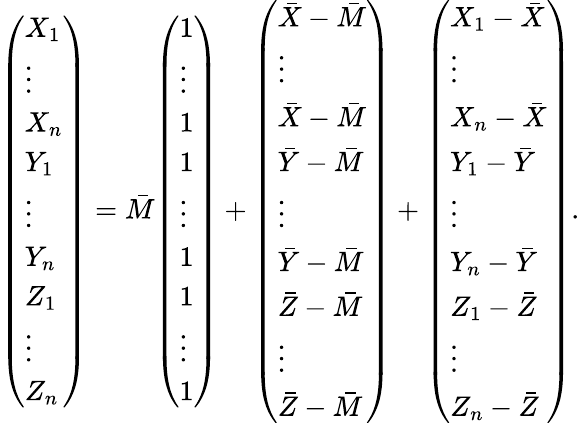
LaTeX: {\left(\begin{array}{l}{X_{1}}\\ {\vdots}\\ {X_{n}}\\ {Y_{1}}\\ {\vdots}\\ {Y_{n}}\\ {Z_{1}}\\ {\vdots}\\ {Z_{n}}\end{array}\right)}={\bar{M}}{\left(\begin{array}{l}{1}\\ {\vdots}\\ {1}\\ {1}\\ {\vdots}\\ {1}\\ {1}\\ {\vdots}\\ {1}\end{array}\right)}+{\left(\begin{array}{l}{{\bar{X}}-{\bar{M}}}\\ {\vdots}\\ {{\bar{X}}-{\bar{M}}}\\ {{\bar{Y}}-{\bar{M}}}\\ {\vdots}\\ {{\bar{Y}}-{\bar{M}}}\\ {{\bar{Z}}-{\bar{M}}}\\ {\vdots}\\ {{\bar{Z}}-{\bar{M}}}\end{array}\right)}+{\left(\begin{array}{l}{X_{1}-{\bar{X}}}\\ {\vdots}\\ {X_{n}-{\bar{X}}}\\ {Y_{1}-{\bar{Y}}}\\ {\vdots}\\ {Y_{n}-{\bar{Y}}}\\ {Z_{1}-{\bar{Z}}}\\ {\vdots}\\ {Z_{n}-{\bar{Z}}}\end{array}\right)}.